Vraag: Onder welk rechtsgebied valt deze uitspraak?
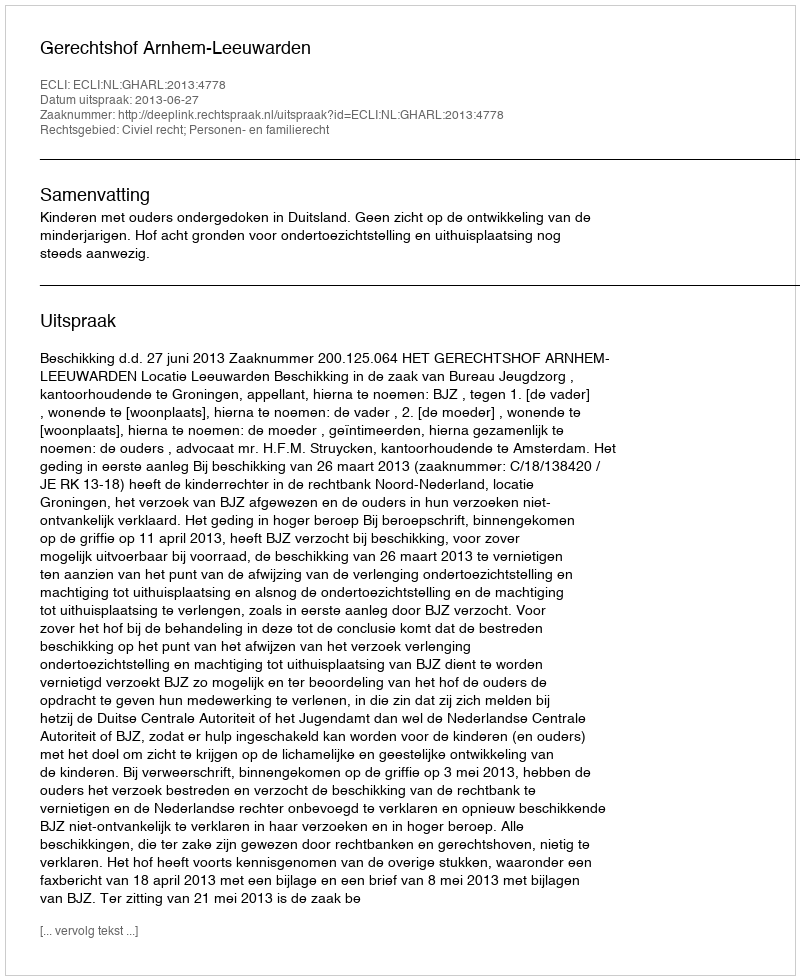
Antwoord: Civiel recht; Personen- en familierecht